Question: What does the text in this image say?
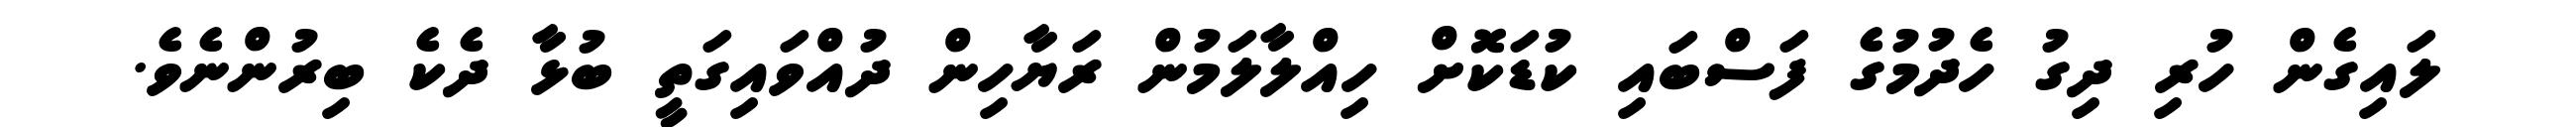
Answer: ލައިގެން ހުރި ދިގު ހެދުމުގެ ފަސްބައި ކުޑަކޮށް ހިއްލާލަމުން ރަޔާހިން ދުއްވައިގަތީ ބުޅާ ދެކެ ބިރުންނެވެ.